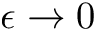
\epsilon \rightarrow 0